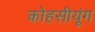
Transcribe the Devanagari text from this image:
कोहसीयूंग